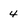
Character: 4